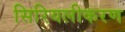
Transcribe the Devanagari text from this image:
सिरियलीकरण